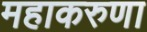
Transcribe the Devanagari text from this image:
महाकरुणा